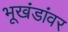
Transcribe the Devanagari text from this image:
भूखंडांवर